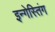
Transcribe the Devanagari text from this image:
इन्गेस्तिंग